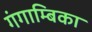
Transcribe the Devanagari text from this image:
गंगाम्बिका